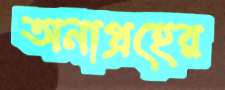
অনাগ্রহের